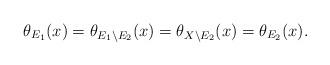
LaTeX: \begin{align*}\theta_{E_1}(x)=\theta_{E_1\setminus E_2}(x)=\theta_{X\setminus E_2}(x)=\theta_{E_2}(x).\end{align*}